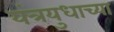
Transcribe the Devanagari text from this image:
यंत्रयुधाच्या